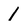
Character: 1